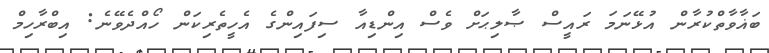
ބަޣާވާތްކުރާން އުޅޭނަމަ ރައީސް ޞާލިޙަށް ވެސް އިންޑިއާ ސިފައިންގެ އެހީތެރިކަން ހޯއްދެވޭނެ: އިބްރާހިމް